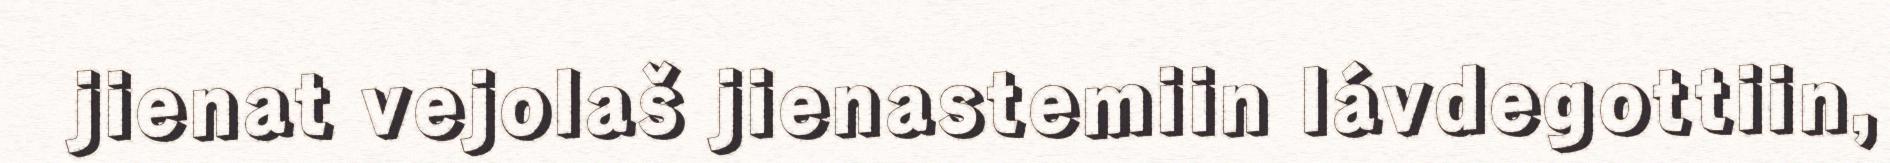
jienat vejolaš jienastemiin lávdegottiin,